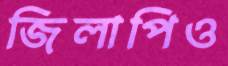
জিলাপিও